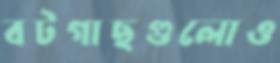
বটগাছগুলোও